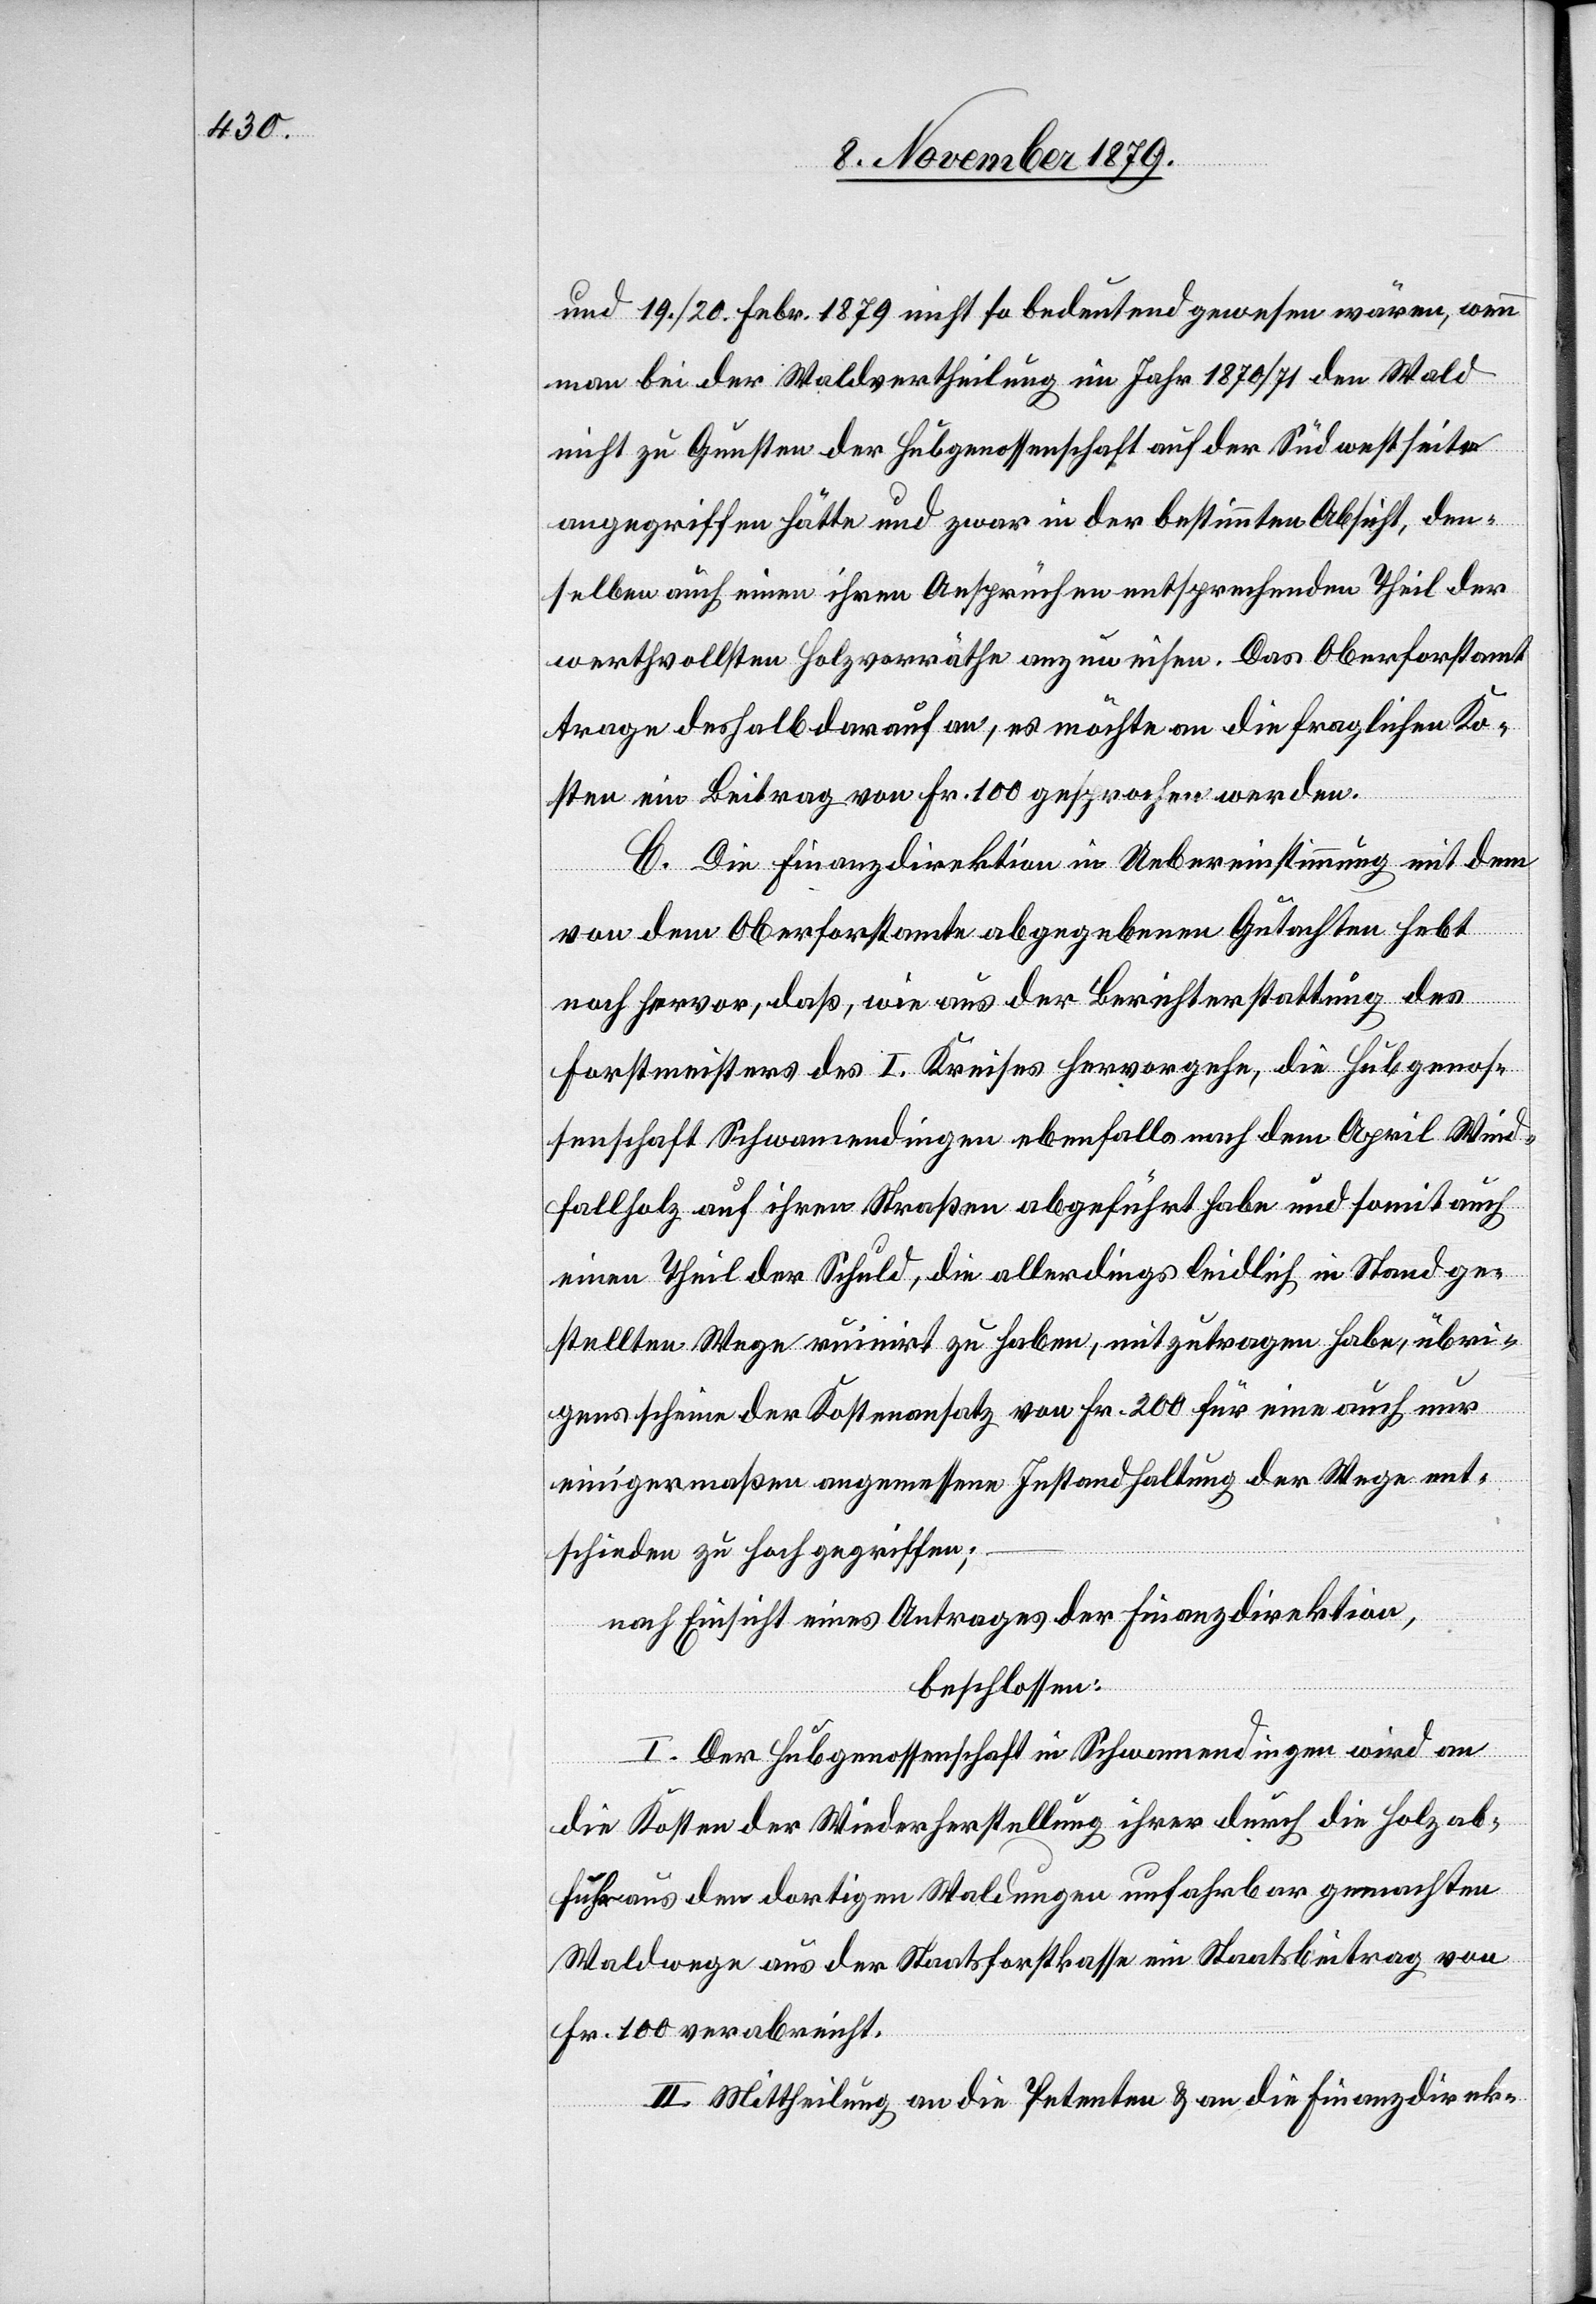
itrag von
und 19./20. Febr. 1879 nicht so bedeutend gewesen wären, wenn
man bei der Waldvertheilung im Jahr 1870/71 den Wald
nicht zu Gunsten der Hubgenossenschaft auf der Südwestseite
angegriffen hätte und zwar in der bestimmten Absicht, dem¬
selben auch einen ihren Ansprüchen entsprechenden Theil der
werthvollen Holzvorräthe anzuweisen. Das Oberforstamt
trage deshalb darauf an, es möchte an die fraglichen Ko¬
sten ein Beitrag von Fr. 100 gesprochen werden.
C. Die Finanzdirektion in Uebereinstimmung mit dem
von dem Oberforstamte abgegebenen Gutachten hebt
noch hervor, daß, wie aus der Berichterstattung des
Forstmeisters des I. Kreises hervorgehe, die Hubgenos¬
senschaft Schwamendingen ebenfalls nach dem April Wind¬
fallholz auf ihren Straßen abgeführt habe und somit auch
einen Theil der Schuld, die allerdings leidlich in Stand ge¬
stellten Wege ruinirt zu haben, mitzutragen habe, übri¬
gens scheine der Kostenansatz von Fr. 200 für eine auch nur
einigermaßen angemessene Instandhaltung der Wege ent¬
schieden zu hoch gegriffen;
nach Einsicht eines Antrages der Finanzdirektion,
beschlossen:
I. Der Hubgenossenschaft in Schwamendingen wird an
die Kosten der Wiederherstellung ihrer durch die Holzab¬
Fr. 100 verabreicht.
II. Mittheilung an die Petenten & an die Finanzdirek-